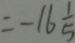
= - 1 6 \frac { 1 } { 5 }